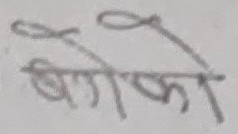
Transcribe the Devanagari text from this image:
बालिका